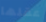
عقلها